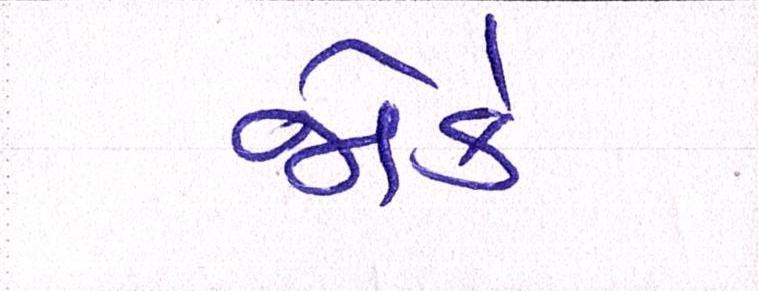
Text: જોકે